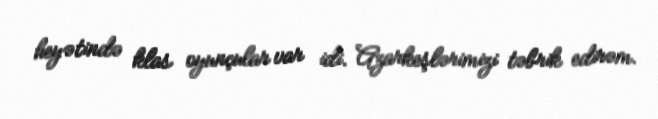
heyətində klas oyunçular var idi. Azarkeşlərimizi təbrik edirəm.